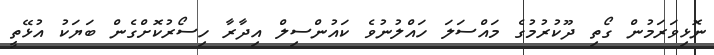
ނޮޅިވަރަމުން ގޯތި ދޫކުރުމުގެ މައްސަލަ ހައްލުނުވެ ކައުންސިލް އިދާރާ ހިސޯރުކޮށްގެން ބަޔަކު އުޅޭތީ